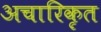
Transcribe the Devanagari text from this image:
अचारिकृत